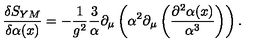
\frac { \delta S _ { Y M } } { \delta \alpha ( x ) } = - \frac { 1 } { g ^ { 2 } } \frac { 3 } { \alpha } \partial _ { \mu } \left( \alpha ^ { 2 } \partial _ { \mu } \left( \frac { \partial ^ { 2 } \alpha ( x ) } { \alpha ^ { 3 } } \right) \right) .